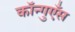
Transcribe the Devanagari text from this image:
कॉन्गुएँस